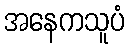
အနေကသူပံ